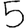
Digit: 5